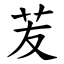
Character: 苃